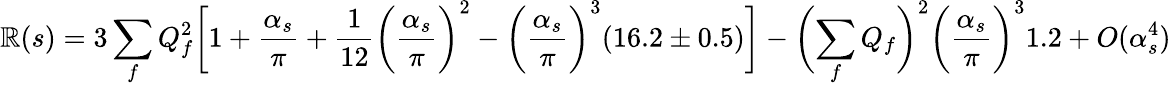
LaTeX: \mathbb{R}(s)=3\sum_{f}Q_{f}^{2}\biggl[1+\frac{{\alpha_{s}}}{{\pi}}+\frac{{1}}{{12}}\biggl(\frac{{\alpha_{s}}}{{\pi}}\biggr)^{2}-\biggl(\frac{{\alpha_{s}}}{{\pi}}\biggr)^{3}(16.2\pm0.5)\biggr]-\biggl(\sum_{f}Q_{f}\biggr)^{2}\biggl(\frac{{\alpha_{s}}}{{\pi}}\biggr)^{3}1.2+O(\alpha_{s}^{4})